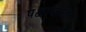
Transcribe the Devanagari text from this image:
पक्षाघातित